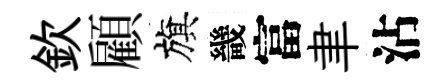
欽顧旗畿富聿沾